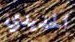
الحديدي